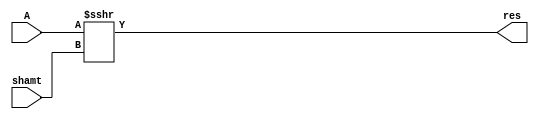
`timescale 1ns / 1ps
//////////////////////////////////////////////////////////////////////////////////
// Group: 21 
// Engineers: P. Godhani & D. Saha
// Module Name:    arithmetic right shifter 
// Description: 	 32-Bit Arithmetic Right Shift Unit 
// 					 
//////////////////////////////////////////////////////////////////////////////////
module ArithmeticShifter(A, shamt, res);
	input signed [31:0] A;
	input [31:0] shamt;
	output [31:0] res;
	
	assign res = A>>>shamt;


endmodule